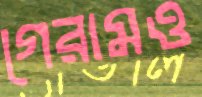
গেরামও